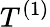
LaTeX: T^{(1)}